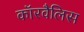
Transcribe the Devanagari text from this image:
कॉरवैलिस